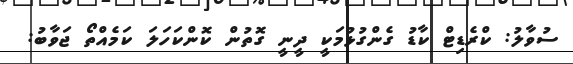
ސުވާލު: ކްރެޑިޓް ކާޑު ގެންގުޅުމަކީ ދީނީ ގޮތުން ކޮންކަހަލަ ކަމެއްތޯ ޖަވާބު: